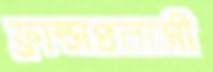
ফ্রান্সপ্রবাসী